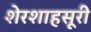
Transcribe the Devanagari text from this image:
शेरशाहसूरी